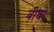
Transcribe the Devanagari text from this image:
बीघों